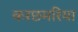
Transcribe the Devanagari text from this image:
करछमरिया